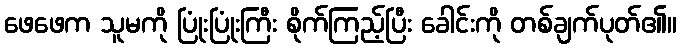
ဖေဖေက သူမကို ပြုံးပြုံးကြီး စိုက်ကြည့်ပြီး ခေါင်းကို တစ်ချက်ပုတ်၏။